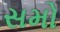
સમો